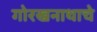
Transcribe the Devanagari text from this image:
गोरखनाथाचे